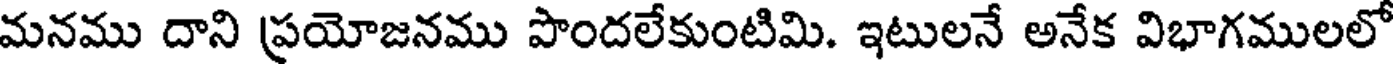
మనము దాని ప్రయోజనము పొందలేకుంటిమి. ఇటులనే అనేక విభాగములలో